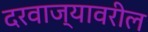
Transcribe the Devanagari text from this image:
दरवाज्यावरील